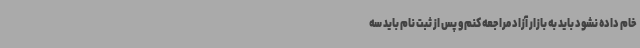
خام داده نشود باید به بازار آزاد مراجعه کنم و پس از ثبت نام باید سه